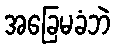
အခြေမခံဘဲ